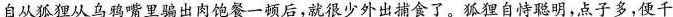
自从狐狸从乌鸦嘴里骗出肉饱餐一顿后，就很少外出捕食了。狐狸自恃聪明，点子多，便千